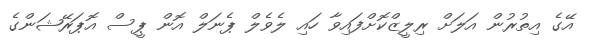
އޭގެ އިތުރުން އަލަށް ރިލީޒްކޮށްފައިވާ ހައި ލެވެލް ޕެނަލް އޮން ޕީސް އޮޕަރޭޝަންގެ